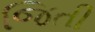
જિતી